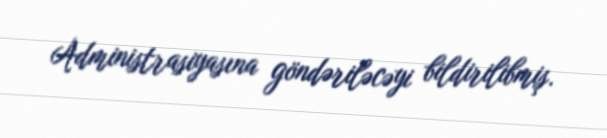
Administrasiyasına göndəriləcəyi bildirilibmiş.